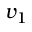
v _ { 1 }